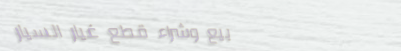
بيع وشراء قطع غيار السيار